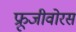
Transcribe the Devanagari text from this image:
फ्रूजीवोरस